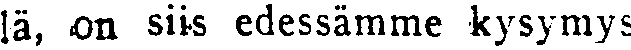
lä, on siis edessämme kysymys